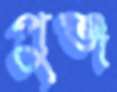
পুঞ্জ